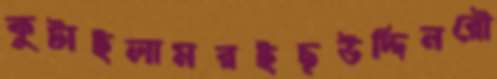
কুটাইলামরইছউদ্দিনরৌ